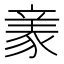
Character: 𧱏